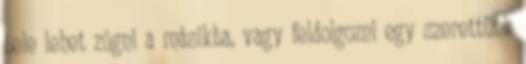
bele lehet zúgni a másikba, vagy feldolgozni egy szerettünk